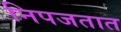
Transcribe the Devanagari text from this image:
निपजतात